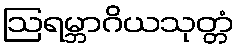
ဩရမ္ဘာဂိယသုတ္တံ